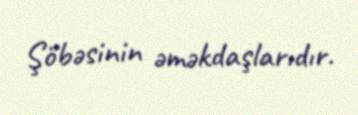
Şöbəsinin əməkdaşlarıdır.